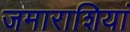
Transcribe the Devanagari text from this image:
जमाराशियां